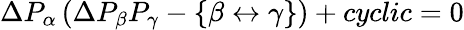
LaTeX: \begin{array}{r}{\Delta P_{\alpha}\left(\Delta P_{\beta}P_{\gamma}-\{ \beta\leftrightarrow\gamma\} \right)+cyclic=0}\end{array}